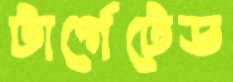
টার্গেটেড